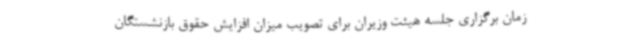
زمان برگزاری جلسه هیئت وزیران برای تصویب میزان افزایش حقوق بازنشستگان